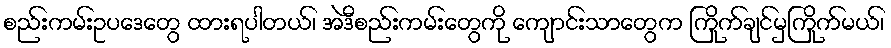
စည်းကမ်းဥပဒေတွေ ထားရပါတယ်၊ အဲဒီစည်းကမ်းတွေကို ကျောင်းသာတွေက ကြိုက်ချင်မှကြိုက်မယ်၊